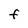
Character: F